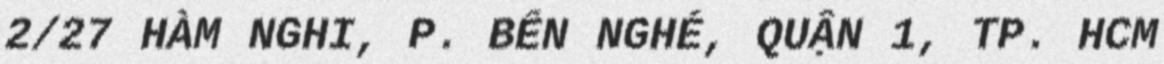
2/27 HÀM NGHI, P. BẾN NGHÉ, QUẬN 1, TP. HCM